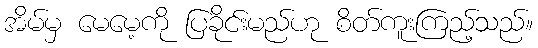
အိမ်မှ မေမေ့ကို ပြခိုင်းမည်ဟု စိတ်ကူးကြည့်သည်။